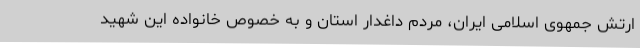
ارتش جمهوی اسلامی ایران، مردم داغدار استان و به خصوص خانواده این شهید